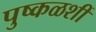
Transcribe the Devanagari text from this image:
पुष्कळशीं